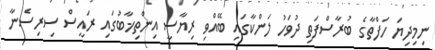
ނިމިދިޔަ ހަފްތާގެ ބުރާސްފަތި ދުވަހު ލަންކާގައި ބޭއްވި ރިޔާސީ އިންތިޚާބުގައި ރައީސް ސިރިސެނާ